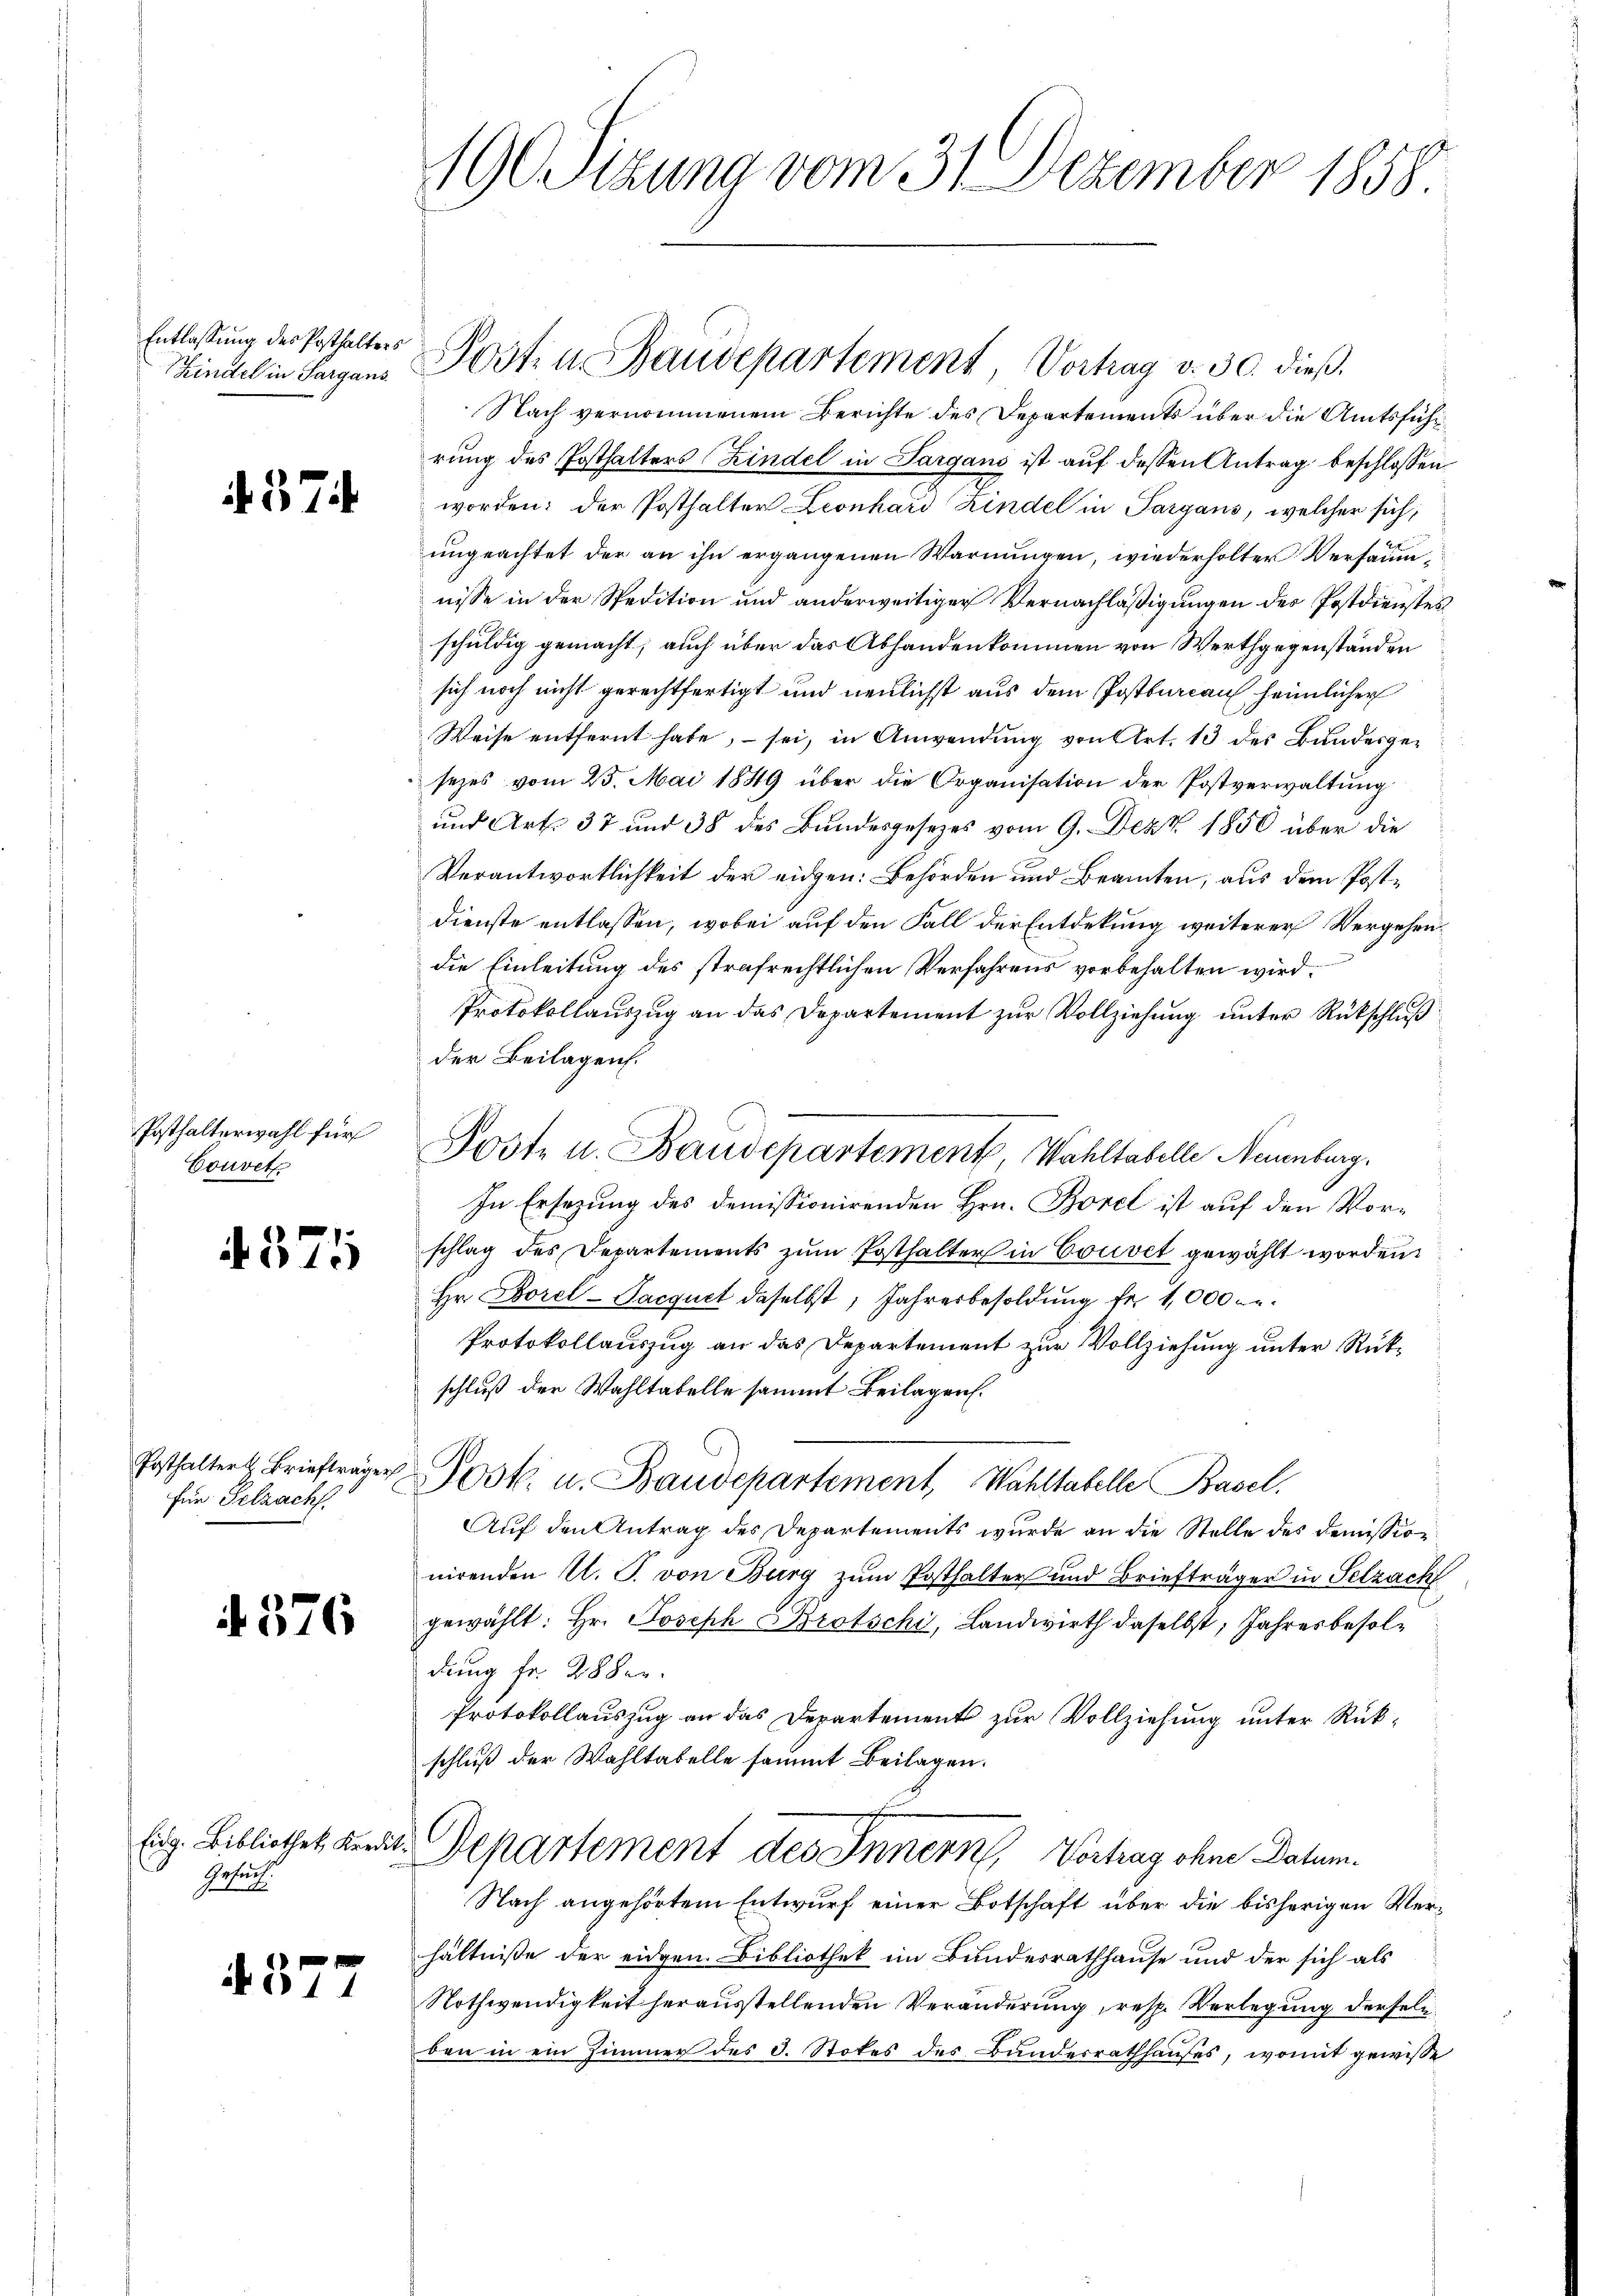
190 Sizung vom 31. Dezember 1858.

Nach vernommenem Berichte des Departements über die Amtsführrung des Posthalters Kindel in Sargano ist auf dessen Antrag beschlossen:
worden: der Posthalter Leonhard Kindel in Pargans, welcher sich,
ungeachtet der an ihn ergangenen Warnungen, wiederholter Versäumnisse in der Spedition und anderweitiger Vernachläßigungen des Postdienstes
schuldig gemacht; auch über das Abhandenkommen von Werthgegenständen
sich noch nicht gerechtfertigt und neulichst aus dem Postbureau heimlicher
Weise entfernt habe, – sei, in Anwendung von Art. 13 des Bundesgesezes vom 25. Mai 1849 über die Organisation der Postverwaltung
und Art. 37 und 38 des Bundesgesezes vom 9. Dez. 1850 über die
Verantwortlichkeit der eidgen: Behörden und Beamten, aus dem Post¬
Dienste entlassen, wobei auf den Fall der Entdekung weiterer Vergehendie Einleitung des strafrechtlichen Verfahrens vorbehalten wird.
Protokollauszug an das Departement zur Vollziehung unter Rückschluß
der Beilagen.
In Ersezung des demissionirenden Hrn. Borel ist auf den Vorschlag des Departements zum Posthalter in Couvet gewählt worden.
Hr. Borel-Sacquet daselbst, Jahresbesoldung fr. 1,000 M.
Protokollauszug an das Departement zur Vollziehung unter Rückschluß der Wahltabelle sammt Beilagen.
Post u. Baudepartement, Wahltabelle Basel.
Auf den Antrag des Departements wurde an die Stelle des Demission
nirenden U. T. von Burg zum Posthalter und Briefträger in Selzach
gewählt: Hr. Joseph Brotschi, Landwirth daselbst, Jahresbesoldung fr. 28 der
Protokollauszug an das Departement zur Vollziehung unter Rükschluß der Wahltatelle sammt Beilagen.
Departement des Innern, Vortrag ohne Datum.
Nach angehörtem Entwurf einer Botschaft über die bisherigen Verhältnisse der eidgen. Bibliothek im Bundesrathhause und der sich als
Nothwendigkeit herausstellenden Veränderung, resp. Verlegung derseli
ben in ein Zimmer des 3. Stokes des Bundesrathhauses, womit gewisse

Entlassung des Posthalters
Kindel in Sargans

Posten Baudepartement, Vortrag v. 30. dieβ.

. 374

Posthalterwahl für
Couvet

Post- u. Baudepartement, Wahltabelle Neuenburg,

4571

Posthalter Briefträge
Für Selzach

4. 376

Eidg. Bibliothek Kredi-
Gesuch.

4377